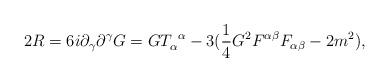
LaTeX: \begin{align*}2R=6i\partial_\gamma\partial^\gamma G=GT^{~\alpha}_\alpha-3({1\over 4}G^2F^{\alpha\beta}F_{\alpha\beta}-2m^2),\end{align*}